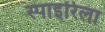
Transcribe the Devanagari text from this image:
स्पाइरिला